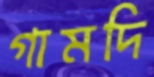
গামদি